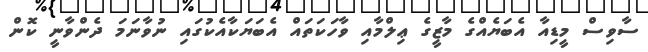
ސާވިސް މީޑިއާ އެބަޔެއްގެ މާޒީގެ ޢިލްމާއި ވާހަކަތައް އެބަޔަކާއެކުގައި ނުވާނަމަ ދެންވާނީ ކޮން